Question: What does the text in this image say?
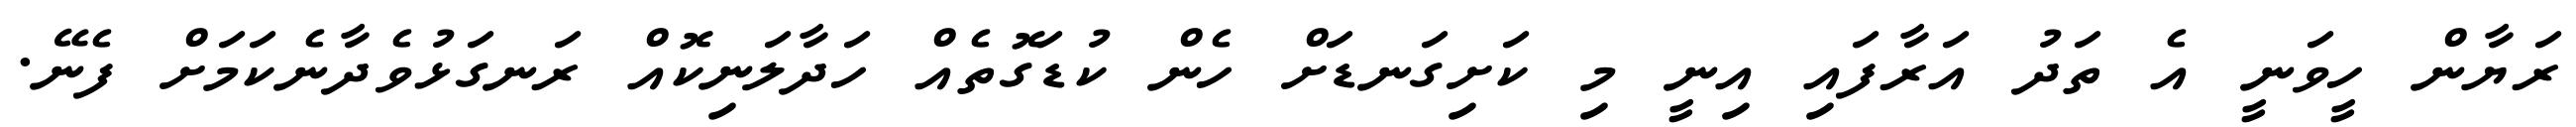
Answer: ރަޔާން ހީވަނީ އެ ތަދު އަރާފައި އިނީ މި ކަށިގަނޑަށް ހެން ކުޑަގޮތެއް ހަދާލަނިކޮއް ރަނގަޅުވެދާނެކަމަށް ފެނޭ.